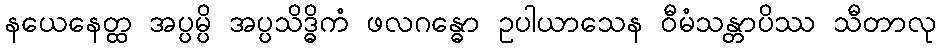
နယေနေတ္ထ အပ္ပမ္ပိ အပ္ပသိဒ္ဓိကံ ဖလဂန္ဓော ဥပါယာသေန ဝီမံသန္တာပိဿ သီတာလု